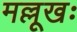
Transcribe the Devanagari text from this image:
मल्लूखः